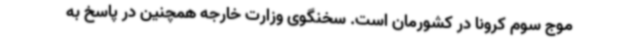
موج سوم کرونا در کشورمان است. سخنگوی وزارت خارجه همچنین در پاسخ به